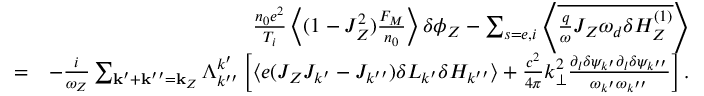
\begin{array} { r l r } & { } & { \frac { n _ { 0 } e ^ { 2 } } { T _ { i } } \left\langle ( 1 - J _ { Z } ^ { 2 } ) \frac { F _ { M } } { n _ { 0 } } \right\rangle \delta \phi _ { Z } - \sum _ { s = e , i } \left\langle \overline { { \frac { q } { \omega } J _ { Z } \omega _ { d } \delta H _ { Z } ^ { ( 1 ) } } } \right\rangle } \\ & { = } & { - \frac { i } { \omega _ { Z } } \sum _ { \mathbf { k } ^ { \prime } + \mathbf { k } ^ { \prime \prime } = \mathbf { k } _ { Z } } \Lambda _ { k ^ { \prime \prime } } ^ { k ^ { \prime } } \left[ \left\langle e ( J _ { Z } J _ { k ^ { \prime } } - J _ { k ^ { \prime \prime } } ) \delta L _ { k ^ { \prime } } \delta H _ { k ^ { \prime \prime } } \right\rangle + \frac { c ^ { 2 } } { 4 \pi } k _ { \perp } ^ { 2 } \frac { \partial _ { l } \delta \psi _ { k ^ { \prime } } \partial _ { l } \delta \psi _ { k ^ { \prime \prime } } } { \omega _ { k ^ { \prime } } \omega _ { k ^ { \prime \prime } } } \right] . } \end{array}